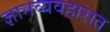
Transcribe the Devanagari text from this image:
ज्ञानव्यवहारात